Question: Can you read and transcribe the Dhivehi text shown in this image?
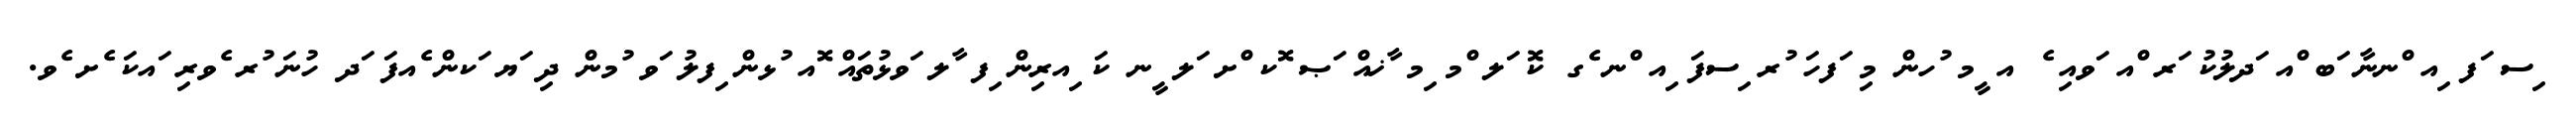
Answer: ިސ ަފ ިއ ްނނާ ަބ ްއ ަދލުކު ަރ ްއ ަވއި ެ އ ީމ ުހން މި ަފހަ ުރ ިސފަ ިއ ްނ ެގ ކޮ ަލ ްމ ިމ ާޚއް ަޞ ޮކ ްށ ަލ ީނ ކަ ިއރިން ިފ ާލ ަވޅުތައް ޮއ ުޅން ިފލު ަވ ުމން ދި ަޔ ަކން ެއފަ ަދ ހުނަ ުރ ެވރި ައކަ ެށ ެވ.